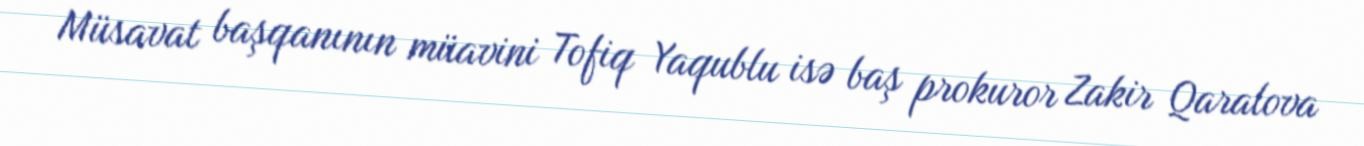
Müsavat başqanının müavini Tofiq Yaqublu isə baş prokuror Zakir Qaralova